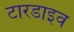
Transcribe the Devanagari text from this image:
टारडाइव